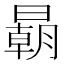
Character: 𣋂